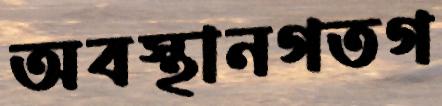
অবস্থানগতগ